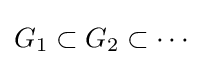
G_{1}\subset G_{2}\subset \cdots